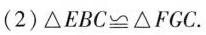
(2)△EBC≌△FGC。